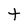
Character: t